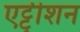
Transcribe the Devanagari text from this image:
एट्ट्रीशन